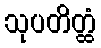
သုပတိတ္ထံ